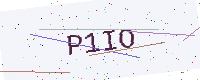
Text: P1IO